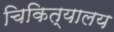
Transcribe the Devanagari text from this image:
चिकित्यालय